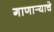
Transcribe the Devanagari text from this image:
गाणार्‍याचे